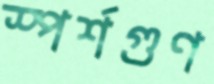
স্পর্শগুণ